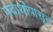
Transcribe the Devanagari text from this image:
पदार्थांपासून